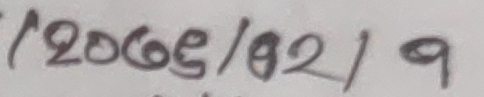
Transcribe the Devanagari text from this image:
/२००६९/७२/9